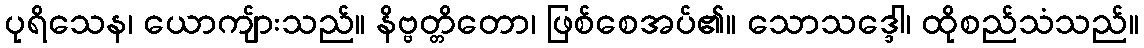
ပုရိသေန၊ ယောကျ်ားသည်။ နိဗ္ဗတ္တိတော၊ ဖြစ်စေအပ်၏။ သောသဒ္ဒေါ၊ ထိုစည်သံသည်။